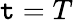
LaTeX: \mathtt{t}=T